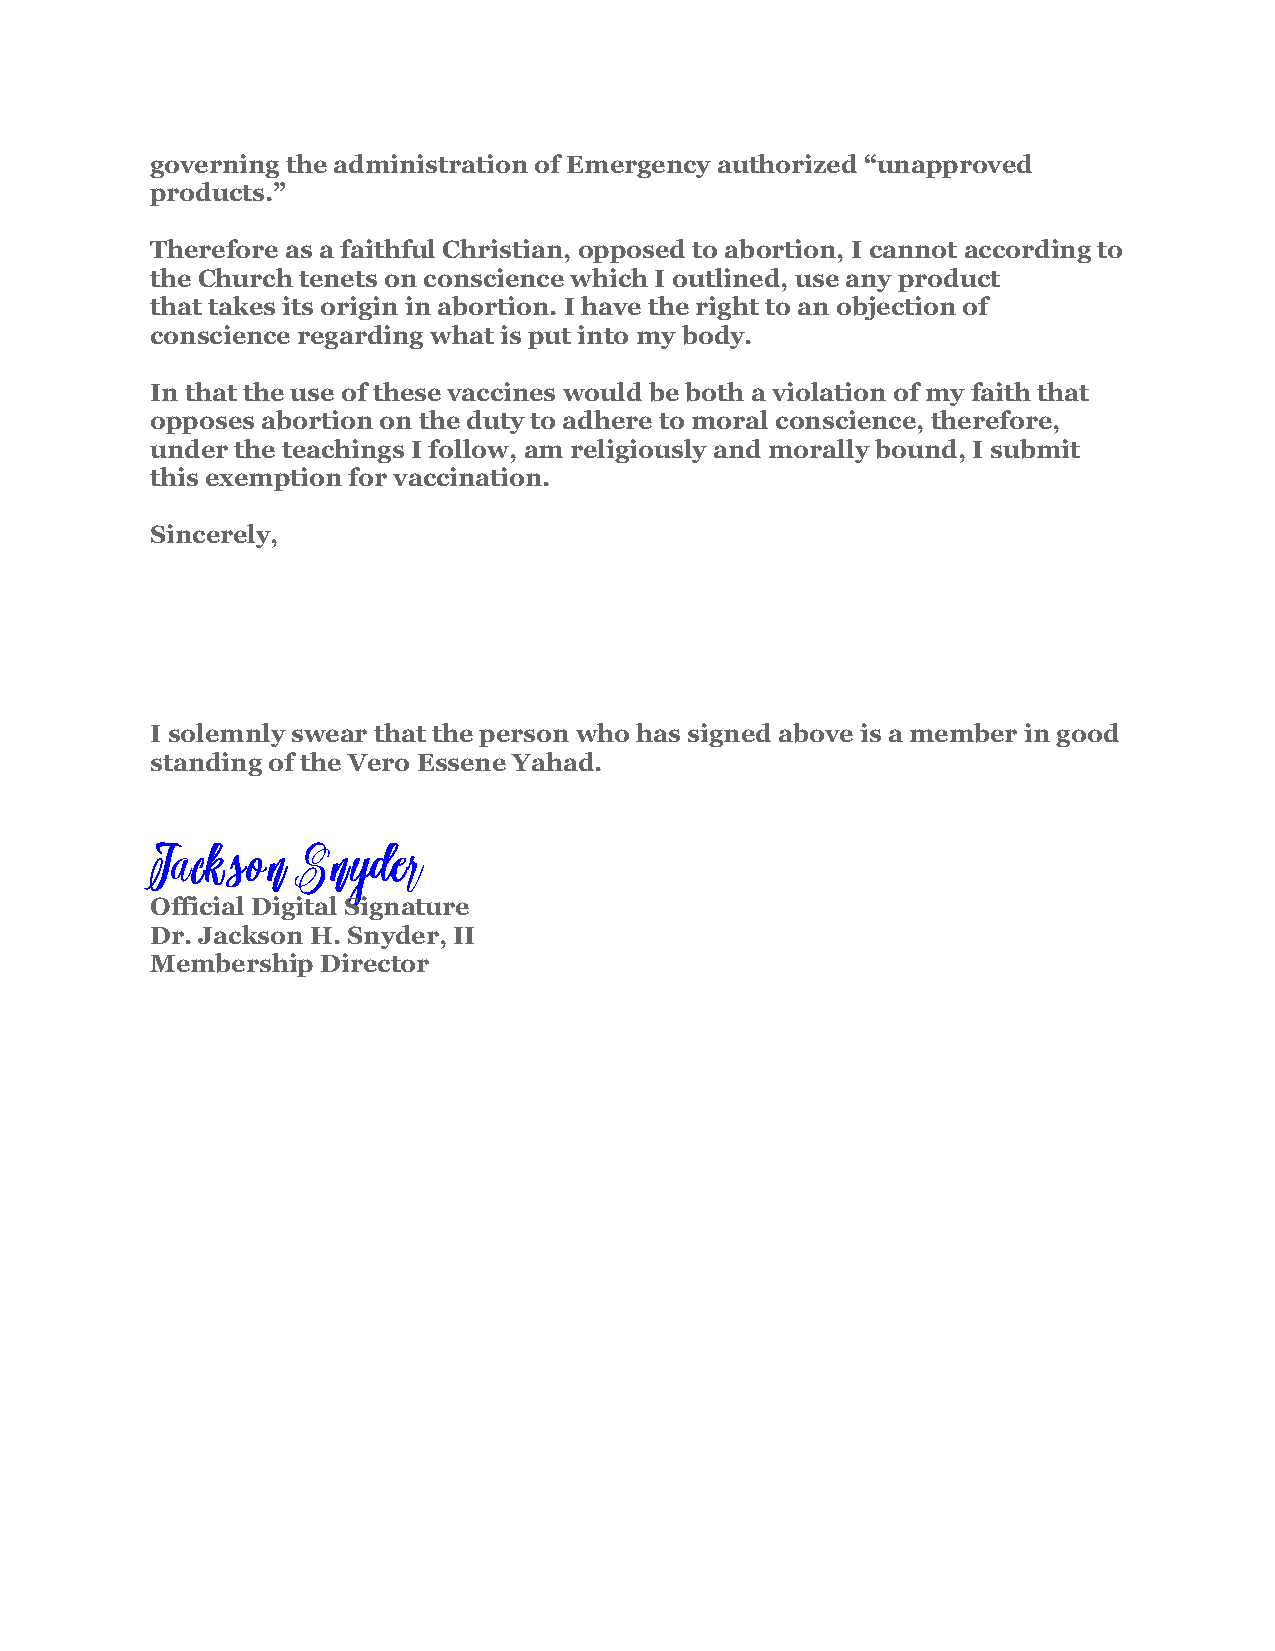
governing the administration of Emergency authorized “unapproved
 products.”
 Therefore as a faithful Christian, opposed to abortion, I cannot according to
 the Church tenets on conscience which I outlined, use any product
 that takes its origin in abortion. I have the right to an objection of
 conscience regarding what is put into my body.
 In that the use of these vaccines would be both a violation of my faith that
 opposes abortion on the duty to adhere to moral conscience, therefore,
 under the teachings I follow, am religiously and morally bound, I submit
 this exemption for vaccination.
 Sincerely,
 I solemnly swear that the person who has signed above is a member in good
 standing of the Vero Essene Yahad.
 JJJaaaccckkksssooonnn SSSnnnyyydddeeerrr
 Official Digital Signature
 Dr. Jackson H. Snyder, II
 Membership Director